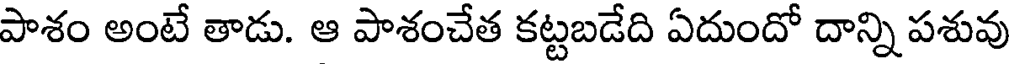
పాశం అంటే తాడు. ఆ పాశంచేత కట్టబడేది ఏదుందో దాన్ని పశువు